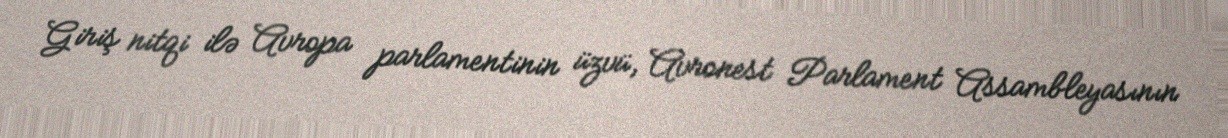
Giriş nitqi ilə Avropa parlamentinin üzvü, Avronest Parlament Assambleyasının